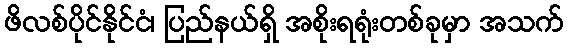
ဖိလစ်ပိုင်နိုင်ငံ၊ ပြည်နယ်ရှိ အစိုးရရုံးတစ်ခုမှာ အသက်